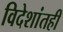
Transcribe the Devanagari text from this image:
विदेशांतही